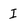
Character: I